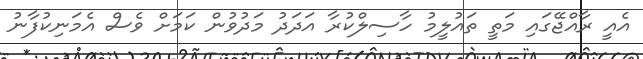
އެއީ ރާއްޖޭގައި މަތީ ތައުލީމު ހާސިލްކުރާ އަދަދު މަދުވުން ކަމަށް ވެސް އެމަނިކުފާނު